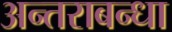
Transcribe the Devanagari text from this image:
अन्तराबन्धा